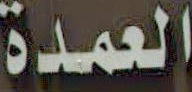
العمدة